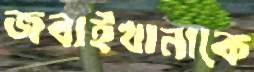
জবাইখানাকে